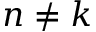
n \not = k